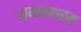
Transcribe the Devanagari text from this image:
रामावतारम